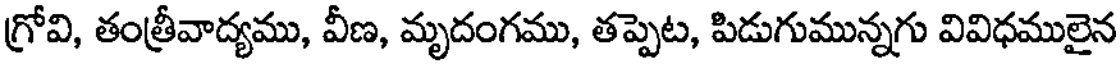
గ్రోవి, తంత్రీవాద్యము, వీణ, మృదంగము, తప్పెట, పిడుగుమున్నగు వివిధములైన